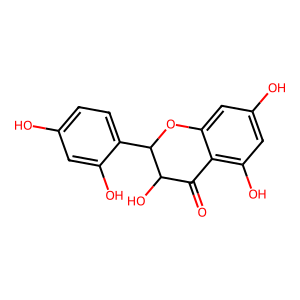
SMILES: O=C1c2c(O)cc(O)cc2OC(c2ccc(O)cc2O)C1O
Inhibits HIV replication: No